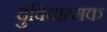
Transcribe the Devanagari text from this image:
दुविधात्मक